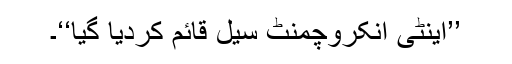
’’اینٹی انکروچمنٹ سیل قائم کردیا گیا‘‘۔